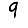
Digit: 9